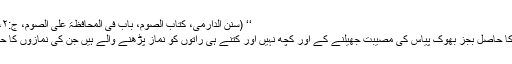
‘‘ (سنن الدارمی، کتاب الصوم، باب فی المحافظۃ علی الصوم، ج:۲، ص:۳۹۰، ط:دارالکتاب العربی، بیروت)
’’ بہت سے روزہ دار ہیں جن کے روزہ کا حاصل بجز بھوک پیاس کی مصیبت جھیلنے کے اور کچھ نہیں اور کتنے ہی راتوں کو نماز پڑھنے والے ہیں جن کی نمازوں کا حاصل بجز مفت کی جگائی کے کچھ نہیں۔